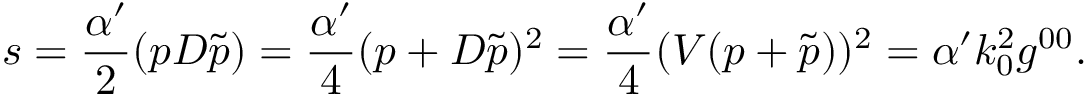
s = \frac { \alpha ^ { \prime } } { 2 } ( p D \tilde { p } ) = \frac { \alpha ^ { \prime } } { 4 } ( p + D \tilde { p } ) ^ { 2 } = \frac { \alpha ^ { \prime } } { 4 } ( V ( p + \tilde { p } ) ) ^ { 2 } = \alpha ^ { \prime } k _ { 0 } ^ { 2 } g ^ { 0 0 } .